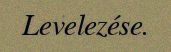
Levelezése.